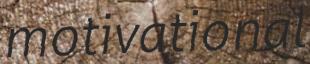
motivational